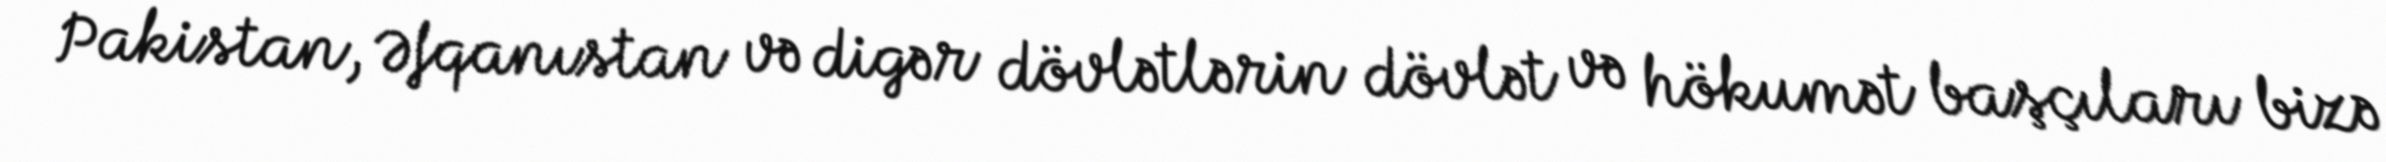
Pakistan, Əfqanıstan və digər dövlətlərin dövlət və hökumət başçıları bizə